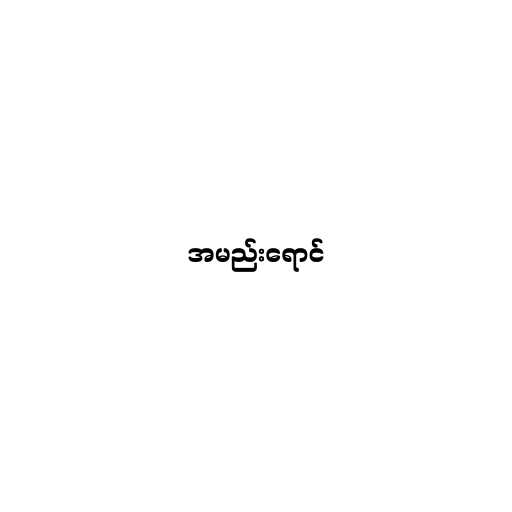
အမည်းရောင်